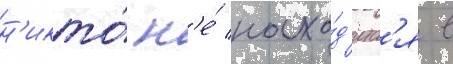
н'икто́ н'е́ нахо́д'итс'я в